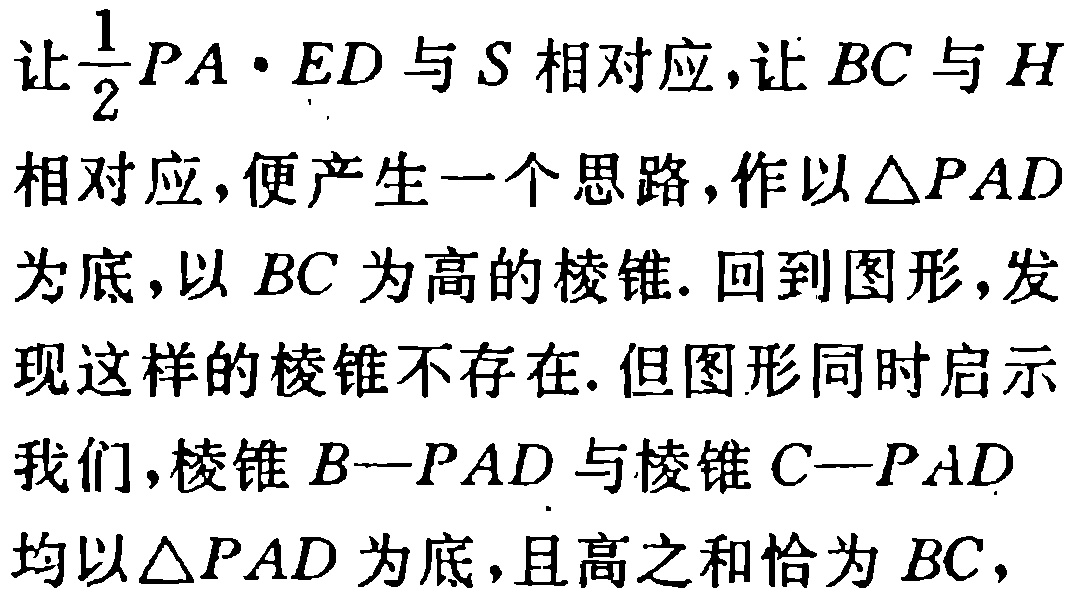
让$\frac{1}{2}PA\cdot ED$与$S$相对应,让$BC$与$H$相对应,便产生一个思路,作以$\triangle PAD$为底,以$BC$为高的棱锥. 回到图形,发现这样的棱锥不存在. 但图形同时启示我们,棱锥$B—PAD$与棱锥$C—PAD$均以$\triangle PAD$为底,且高之和恰为$BC$,